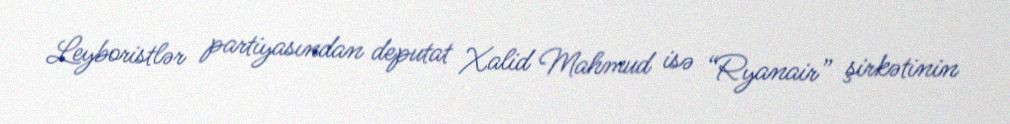
Leyboristlər partiyasından deputat Xalid Mahmud isə “Ryanair” şirkətinin